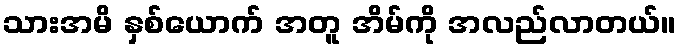
သားအမိ နှစ်ယောက် အတူ အိမ်ကို အလည်လာတယ်။